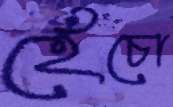
হেঁচো